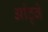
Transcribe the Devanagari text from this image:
आंठ्वे